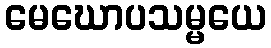
မေဃောပသမ္မယေ